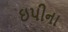
ઇપીના